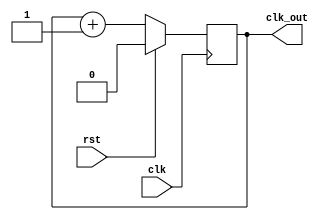
`timescale 1ns / 1ps
//////////////////////////////////////////////////////////////////////////////////
// Company: Filber Inc.
// 
// Design Name: Simple divider based on counter
// Module Name: divider_2
//////////////////////////////////////////////////////////////////////////////////


module divider_2(
    input wire clk,
    input wire rst,
    output reg clk_out
);

// Use th same technique as with counter, but limit to one bit
wire count_next;
assign count_next = clk_out + 1;

always @(posedge clk) begin
    if (rst) begin
        clk_out <= 0;
    end else
        clk_out <= count_next;
end

endmodule